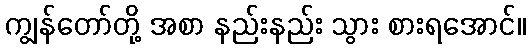
ကျွန်တော်တို့ အစာ နည်းနည်း သွား စားရအောင်။